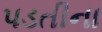
પડતીના